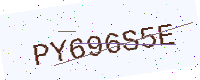
Text: PY696S5E